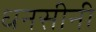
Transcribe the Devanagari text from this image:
धनसीनी